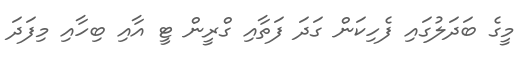
މީގެ ބަދަލުގައި ފެހިކަން ގަދަ ފަތާއި ގްރީން ޓީ އާއި ބިހާއި މިފަދަ